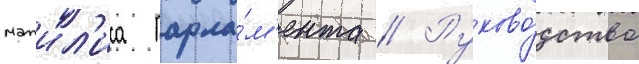
мажил'иса парла́м'ента // Руково́дство